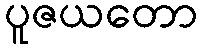
ပူဇယတော